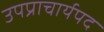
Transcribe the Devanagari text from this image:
उपप्राचार्यपद